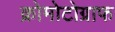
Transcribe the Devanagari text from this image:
क्रोमोटोग्राफ